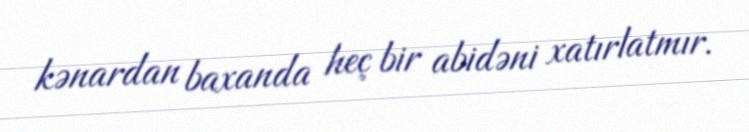
kənardan baxanda heç bir abidəni xatırlatmır.